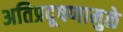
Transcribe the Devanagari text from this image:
अतिप्रदूषणामुळे